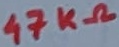
Text: 47KΩ